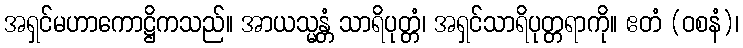
အရှင်မဟာကောဋ္ဌိကသည်။ အာယသ္မန္တံ သာရိပုတ္တံ၊ အရှင်သာရိပုတ္တရာကို။ ဧတံ (ဝစနံ)၊